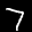
Label: 7